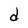
Character: d